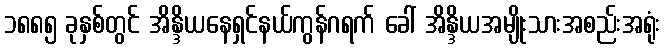
၁၈၈၅ ခုနှစ်တွင် အိန္ဒိယနေရှင်နယ်ကွန်ဂရက် ခေါ် အိန္ဒိယအမျိုးသားအစည်းအရုံး